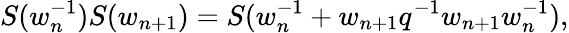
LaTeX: S(w_{n}^{-1})S(w_{n+1})=S(w_{n}^{-1}+w_{n+1}q^{-1}w_{n+1}w_{n}^{-1}),